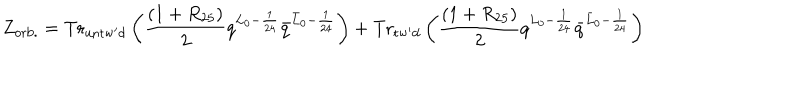
LaTeX: Z _ { \mathrm { o r b . } } = \mathrm { T r } _ { \mathrm { u n t w ^ { \prime } d } } \left( { \frac { ( 1 + R _ { 2 5 } ) } { 2 } } q ^ { L _ { 0 } - { \frac { 1 } { 2 4 } } } { \bar { q } } ^ { { \bar { L } } _ { 0 } - { \frac { 1 } { 2 4 } } } \right) + \mathrm { T r } _ { \mathrm { t w ^ { \prime } d } } \left( { \frac { ( 1 + R _ { 2 5 } ) } { 2 } } q ^ { L _ { 0 } - { \frac { 1 } { 2 4 } } } { \bar { q } } ^ { { \bar { L } } _ { 0 } - { \frac { 1 } { 2 4 } } } \right)